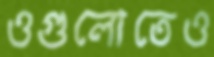
ওগুলোতেও